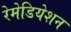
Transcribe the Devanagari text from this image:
रेमेडियेशन